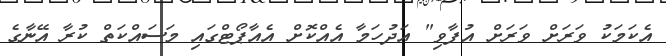
އެކަމަކު ވަރަށް ވަރަށް އުފާވި" އަދުހަމާ އެއްކޮށް އެއާޕޯޓްގައި މަސައްކަތް ކުރާ އޭނާގެ